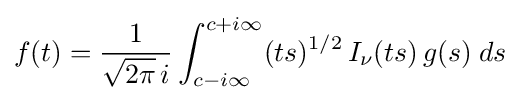
f(t)={\frac {1}{{\sqrt {2\pi }}\,i}}\int _{c-i\infty }^{c+i\infty }(ts)^{1/2}\,I_{\nu }(ts)\,g(s)\;ds